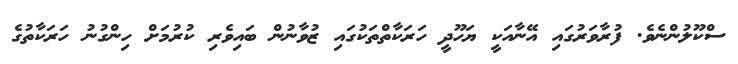
ސްކޫލުންނެވެ. ފުރާވަރުގައި އޭނާއަކީ ޔަހޫދީ ހަރަކާތްތަކުގައި ޒުވާނުން ބައިވެރި ކުރުމަށް ހިންގުނު ހަރަކާތުގެ